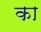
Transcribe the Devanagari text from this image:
का